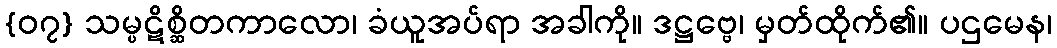
{၀၇} သမ္ပဋိစ္ဆိတကာလော၊ ခံယူအပ်ရာ အခါကို။ ဒဋ္ဌဗ္ဗေ၊ မှတ်ထိုက်၏။ ပဌမေန၊